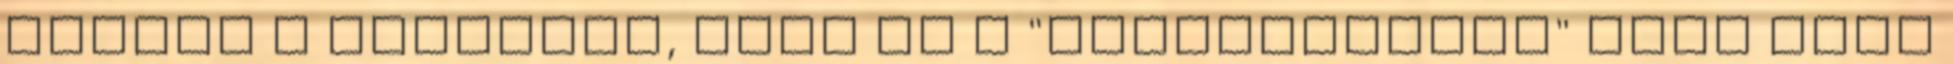
féltem a zenekart, mert ha a "Szakí­tópróba" cí­mű dalt